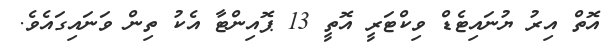
އޮތް އިރު ޔުނައިޓެޑް ވިކްޓަރީ އޮތީ 13 ޕޮއިންޓާ އެކު ތިން ވަނައިގައެވެ.